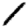
Digit: 1